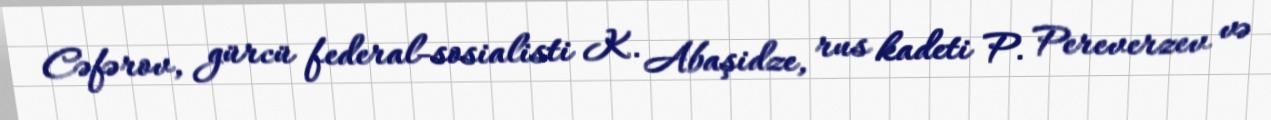
Cəfərov, gürcü federal-sosialisti K. Abaşidze, rus kadeti P. Pereverzev və